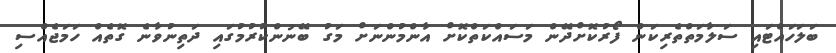
ބަލަހައްޓައި ސަލާމަތްތެރިކަން ފޯރުކޮށްދޭން މަސައްކަތްކޮށް އާންމުންނަށް މަގު ބޭނުންކުރުމުގައި ދަތިނުވާނެ ގޮތެއް ހަމަޖެއްސި